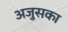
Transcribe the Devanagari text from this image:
अजुसका